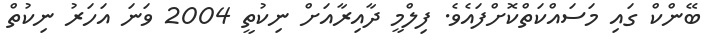
ބޭންކް ގައި މަސައްކަތްކޮށްފައެވެ. ފިލްމީ ދާއިރާއަށް ނިކުތީ 2004 ވަނަ އަހަރު ނިކުތް